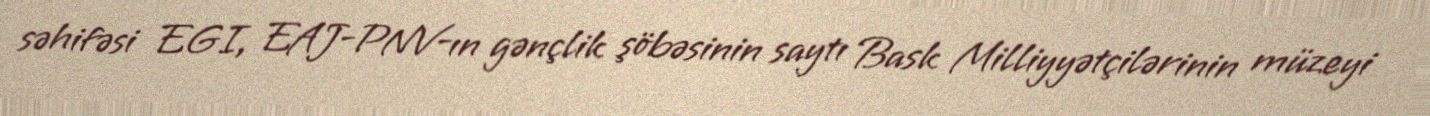
səhifəsi EGI, EAJ-PNV-ın gənçlik şöbəsinin saytı Bask Milliyyətçilərinin müzeyi